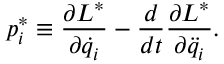
p _ { i } ^ { * } \equiv \frac { \partial L ^ { * } } { \partial \dot { q } _ { i } } - \frac { d } { d t } \frac { \partial L ^ { * } } { \partial \ddot { q } _ { i } } .